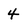
Character: 4